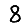
Digit: 8